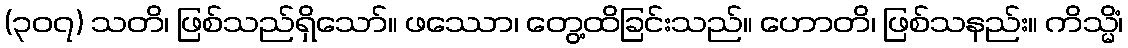
(၃၀၇) သတိ၊ ဖြစ်သည်ရှိသော်။ ဖဿော၊ တွေ့ထိခြင်းသည်။ ဟောတိ၊ ဖြစ်သနည်း။ ကိသ္မိံ၊